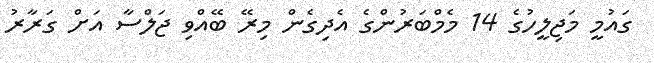
ގައުމީ މަޖިލީހުގެ 14 މެމްބަރުންގެ އެދިގެން މިރޭ ބޭއްވި ޖަލްސާ އަށް ގަރާރު